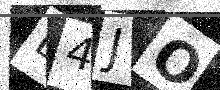
Text: D4JO